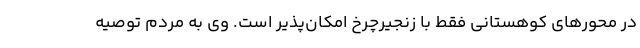
در محورهای کوهستانی فقط با زنجیرچرخ امکان‌پذیر است. وی به مردم توصیه